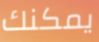
يمكنك